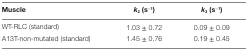
<table><thead><tr><td><b>Muscle</b></td><td><b><i>k</i><sub>2</sub> (s<sup>−1</sup>)</b></td><td><b><i>k</i><sub>3</sub> (s<sup>−1</sup>)</b></td></tr></thead><tbody><tr><td>WT-RLC (standard)</td><td>1.03 ± 0.72</td><td>0.09 ± 0.09</td></tr><tr><td>A13T-non-mutated (standard)</td><td>1.45 ± 0.76</td><td>0.19 ± 0.45</td></tr></tbody></table>